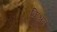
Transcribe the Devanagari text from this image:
क्रिश्नन